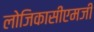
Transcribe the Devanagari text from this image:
लोजिकासीएमजी